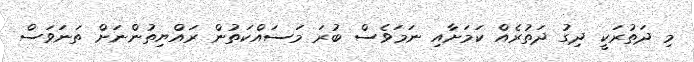
މި ދަތުރަކީ ދިގު ދަތުރެއް ކަމަށާއި ނަމަވެސް ބުރަ މަސައްކަތުން ރައްޔިތުންނަށް ތަނަވަސް